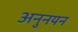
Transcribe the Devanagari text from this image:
अनुनयन